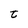
Character: t